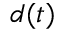
d ( t )